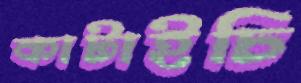
কাটাইচি